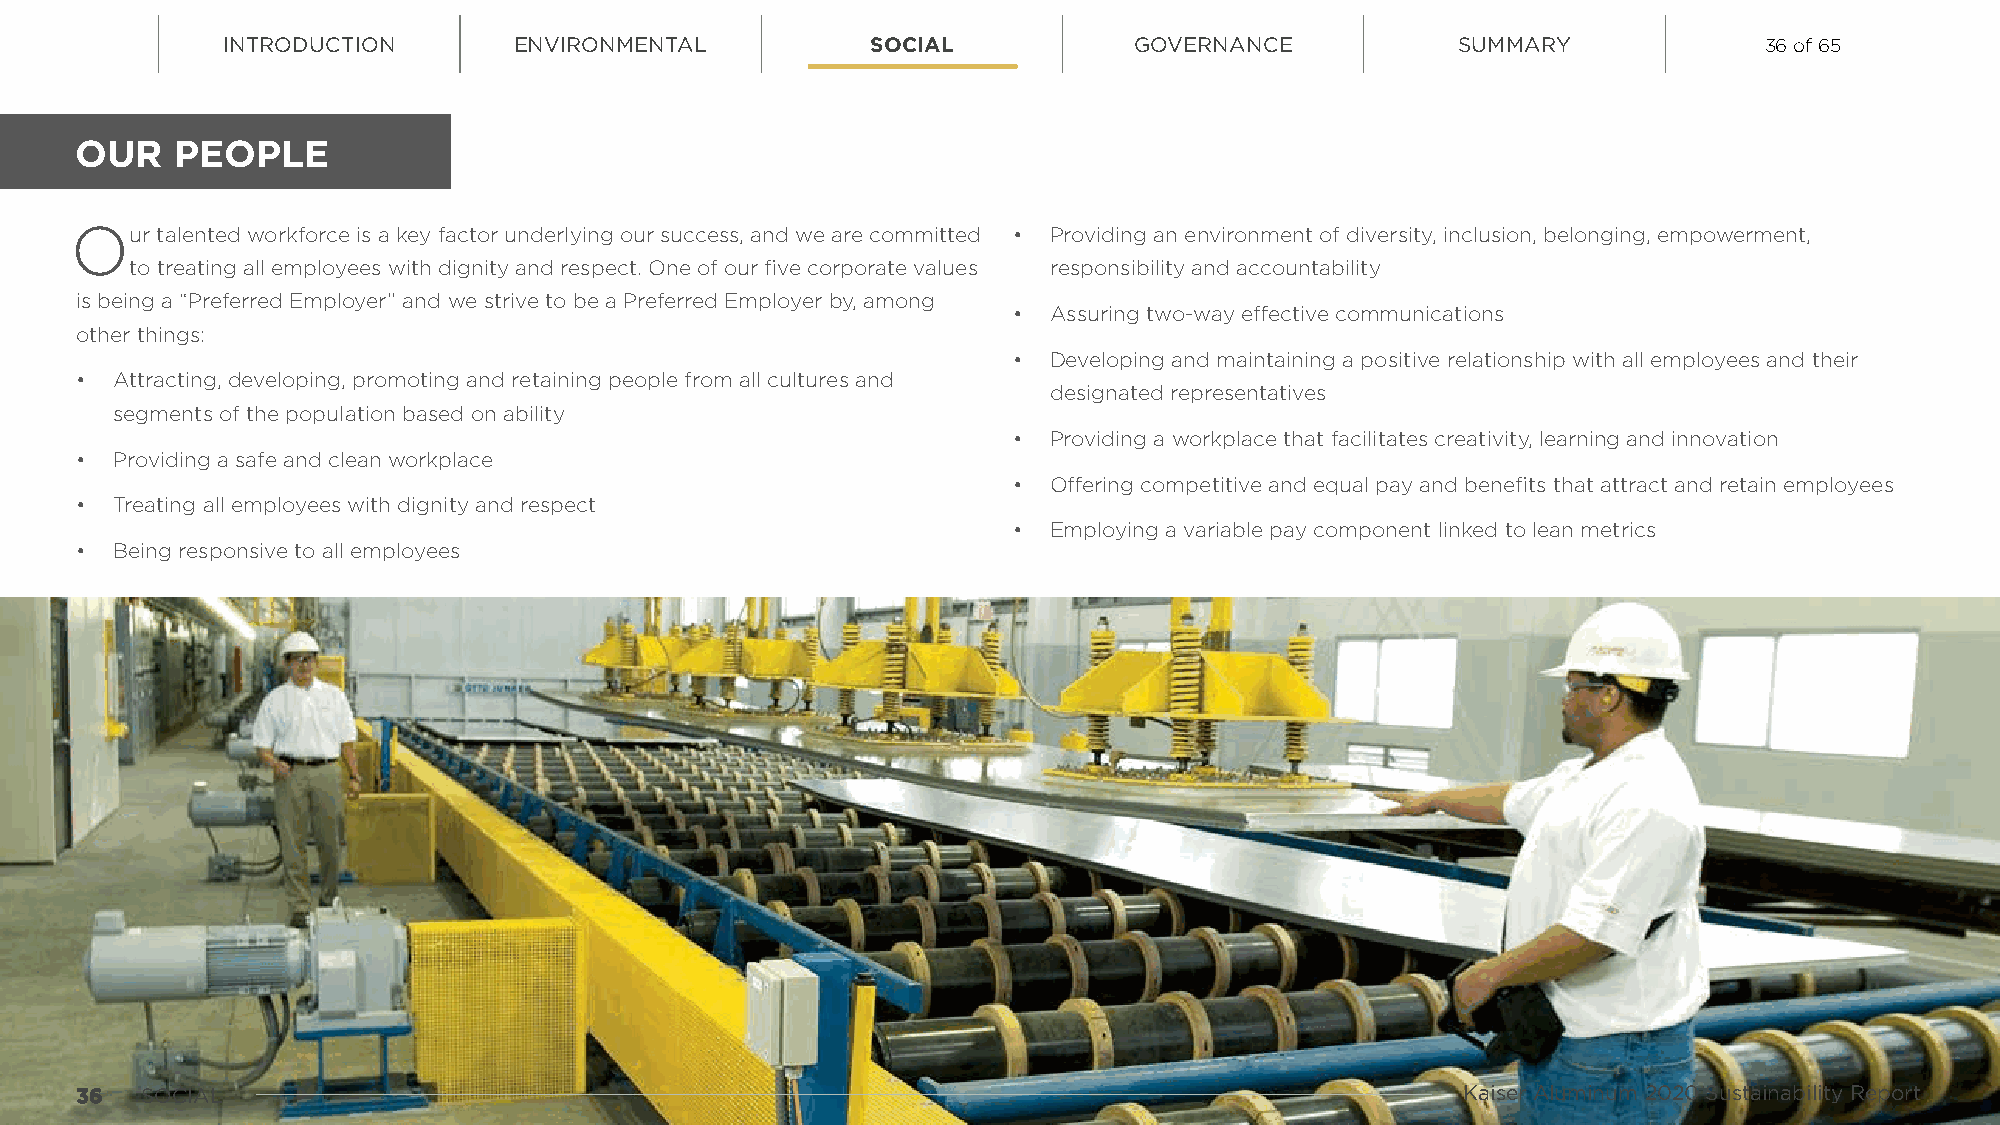
INTRODUCTION       ENVIRONMENTAL           SOCIAL           GOVERNANCE            SUMMARY             36 of 65
 OUR   PEOPLE
 Our  talented workforce is a key factor underlying our success, and we are committed • Providing an environment of diversity, inclusion, belonging, empowerment,
 to treating all employees with dignity and respect. One of our five corporate values responsibility and accountability
 is being a “Preferred Employer” and we strive to be a Preferred Employer by, among
 •  Assuring two-way effective communications
 other things:
 •  Developing and maintaining a positive relationship with all employees and their
 • Attracting, developing, promoting and retaining people from all cultures and
 designated representatives
 segments of the population based on ability
 •  Providing a workplace that facilitates creativity, learning and innovation
 • Providing a safe and clean workplace
 •  Offering competitive and equal pay and benefits that attract and retain employees
 • Treating all employees with dignity and respect
 •  Employing a variable pay component linked to lean metrics
 • Being responsive to all employees
 3366 SOCIAL                                                                                 Kaiser Aluminum 2020 Sustainability Report